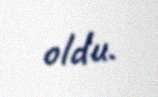
oldu.